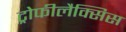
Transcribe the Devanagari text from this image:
ट्रोफीलैक्सिस